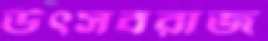
উৎসবরাজ